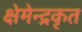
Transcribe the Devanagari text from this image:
क्षेमेन्द्रकृत